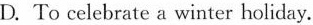
D. To celebrate a winter holiday.